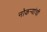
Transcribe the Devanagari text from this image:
नोकर्‍यांची